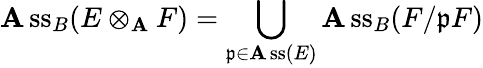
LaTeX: \operatorname{\mathbf{A}ss}_{B}(E\otimes_{\mathbf{A}}F)=\bigcup_{{\mathfrak{{p}}}\in\operatorname{\mathbf{A}ss}(E)}\operatorname{\mathbf{A}ss}_{B}(F/{\mathfrak{{p}}}F)